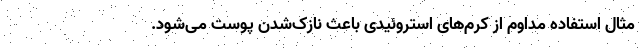
مثال استفاده مداوم از کرم‌های استروئیدی باعث نازک‌شدن پوست می‌شود.